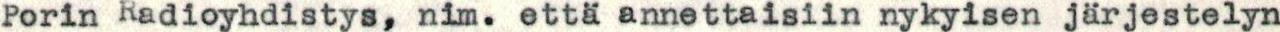
Porin Radioyhdistys, nim. että annettaisiin nykyisen järjestelyn